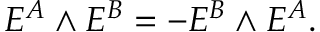
E ^ { A } \wedge E ^ { B } = - E ^ { B } \wedge E ^ { A } .